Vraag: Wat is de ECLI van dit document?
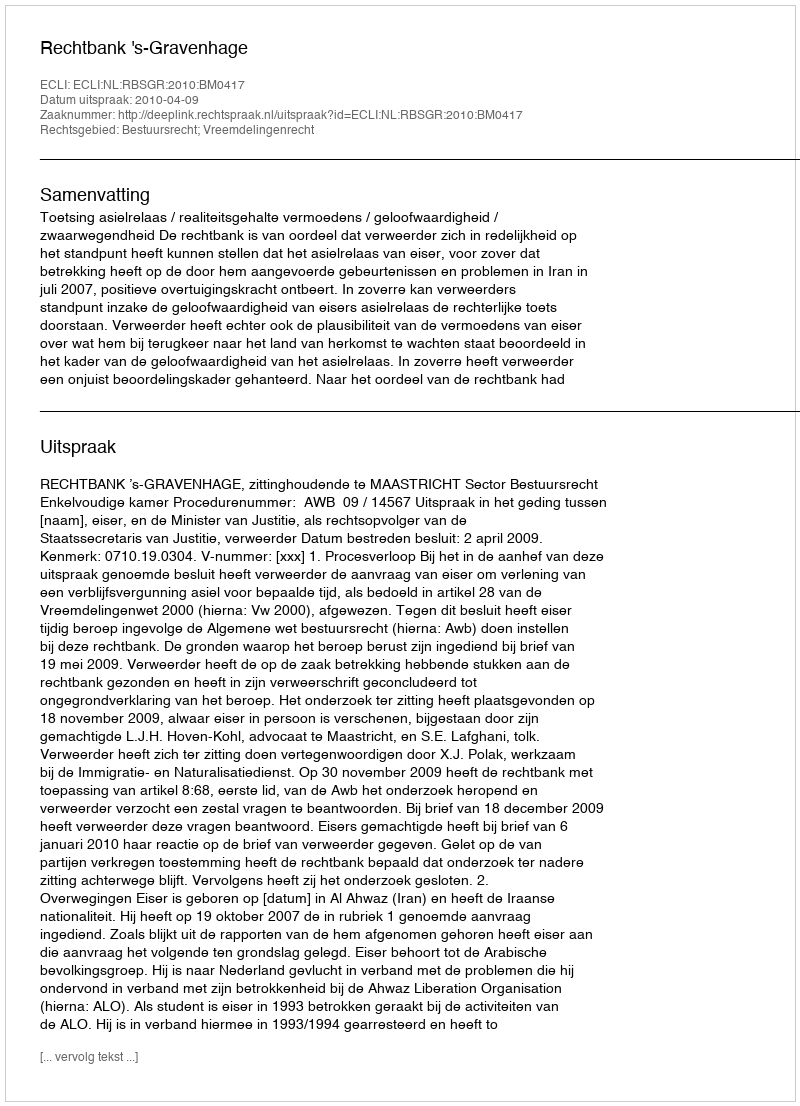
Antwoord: ECLI:NL:RBSGR:2010:BM0417